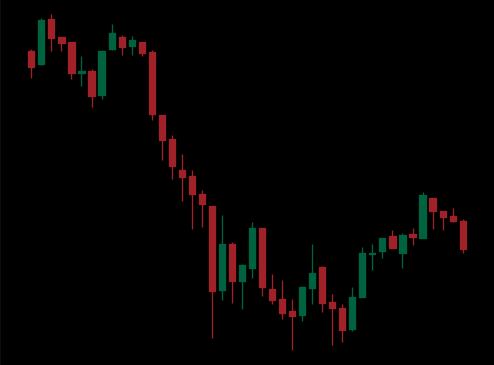
Pattern: bull_flag